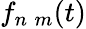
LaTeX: f_{n\; m}(t)